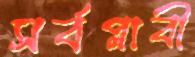
সর্বপ্লাবী